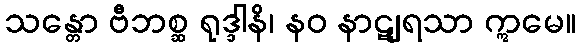
သန္တော ဗီဘစ္ဆ ရုဒ္ဒါနိ၊ နဝ နာဋျရသာ ဣမေ။